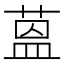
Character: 蒕